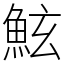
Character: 鮌